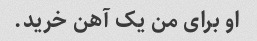
او برای من یک آهن خرید.